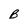
Character: B